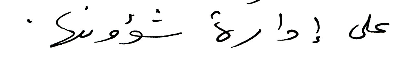
على إدارة شؤونها.